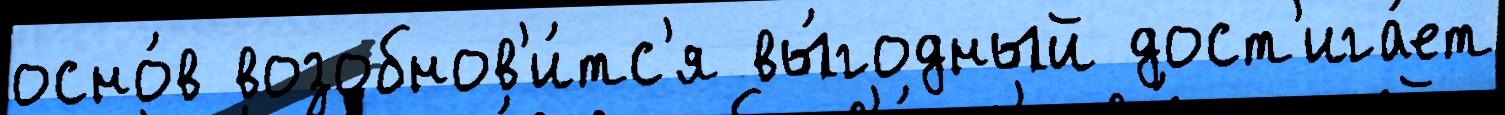
осно́в возобнов'и́тс'я вы́годный дост'ига́ет